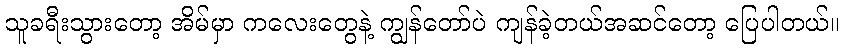
သူခရီးသွားတော့ အိမ်မှာ ကလေးတွေနဲ့ ကျွန်တော်ပဲ ကျန်ခဲ့တယ်အဆင်တော့ ပြေပါတယ်။